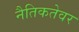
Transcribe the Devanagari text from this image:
नैतिकतेवर